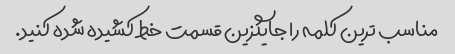
مناسب ترین کلمه را جایگزین قسمت خط کشیده شده کنید.